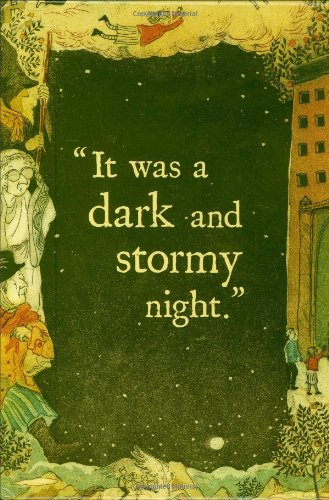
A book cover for The Wrinkle in Time Quintet Boxed Set (A Wrinkle in Time, A Wind in the Door, A Swiftly Tilting Planet, Many Waters, An Acceptable Time); Madeleine L'Engle; Children's Books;